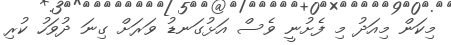
މިކަން މިއަދު މި ފެށުނީ ވެސް އަޅުގަނޑު ވަރަށް ގިނަ ދުވަހު ކުރި